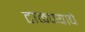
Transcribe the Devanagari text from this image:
टाळण्याचे